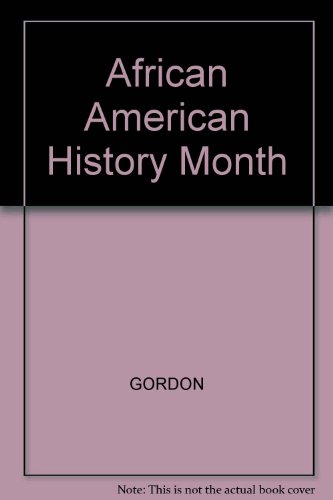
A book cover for African American History Month: A Calendar of Devotions; Tyrone Gordon; Calendars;